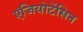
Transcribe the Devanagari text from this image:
एंजियोटेंसिन